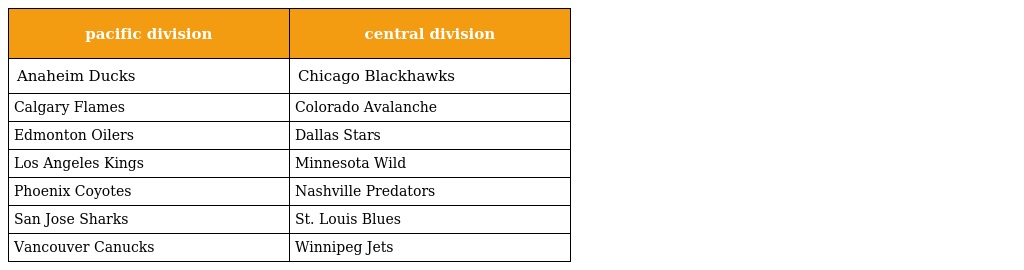
| pacific division | central division |
 | --- | --- |
 | Anaheim Ducks | Chicago Blackhawks |
 | Calgary Flames | Colorado Avalanche |
 | Edmonton Oilers | Dallas Stars |
 | Los Angeles Kings | Minnesota Wild |
 | Phoenix Coyotes | Nashville Predators |
 | San Jose Sharks | St. Louis Blues |
 | Vancouver Canucks | Winnipeg Jets |